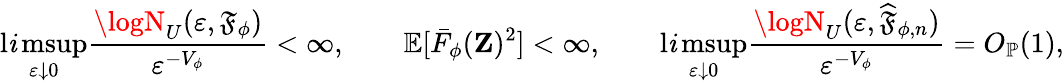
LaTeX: \operatorname*{l\mathit{i}msup}_{\varepsilon\downarrow0}\frac{{\logN_{U}(\varepsilon,\mathfrak{{F}}_{\phi})}}{{\varepsilon^{-V_{\phi}}}}<\infty,\qquad\mathbb{{E}}[\bar{{F}}_{\phi}(\mathbf{{Z}})^{2}]<\infty,\qquad\operatorname*{l\mathit{i}msup}_{\varepsilon\downarrow0}\frac{{\logN_{U}(\varepsilon,\widehat{{\mathfrak{{F}}}}_{\phi,n})}}{{\varepsilon^{-V_{\phi}}}}=O_{\mathbb{{P}}}(1),